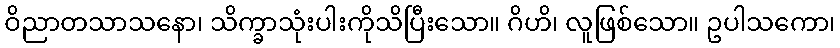
ဝိညာတသာသနော၊ သိက္ခာသုံးပါးကိုသိပြီးသော။ ဂိဟိ၊ လူဖြစ်သော။ ဥပါသကော၊